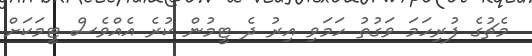
މެޗުގެ ފުރިހަމަ ވަގުތު ހަމަވި އިރު ދެ ޓީމުން ކުރެ އެއްވެސް ޓީމަކަށް